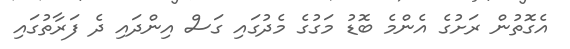
އެގޮތުން ރަށުގެ އެންމެ ބޮޑު މަގުގެ މެދުގައި ގަސް އިންދައި ދެ ފަރާތުގައި